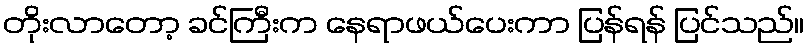
တိုးလာတော့ ခင်ကြီးက နေရာဖယ်ပေးကာ ပြန်ရန် ပြင်သည်။